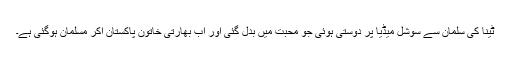
ٹینا کی سلمان سے سوشل میڈیا پر دوستی ہوئی جو محبت میں بدل گئی اور اب بھارتی خاتون پاکستان آکر مسلمان ہوگئی ہے۔